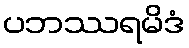
ပဘဿရမိဒံ